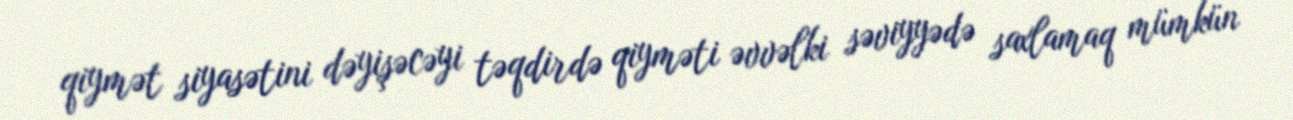
qiymət siyasətini dəyişəcəyi təqdirdə qiyməti əvvəlki səviyyədə saxlamaq mümkün